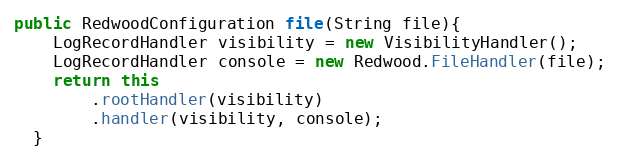
Language: Java
public RedwoodConfiguration file(String file){
    LogRecordHandler visibility = new VisibilityHandler();
    LogRecordHandler console = new Redwood.FileHandler(file);
    return this
        .rootHandler(visibility)
        .handler(visibility, console);
  }